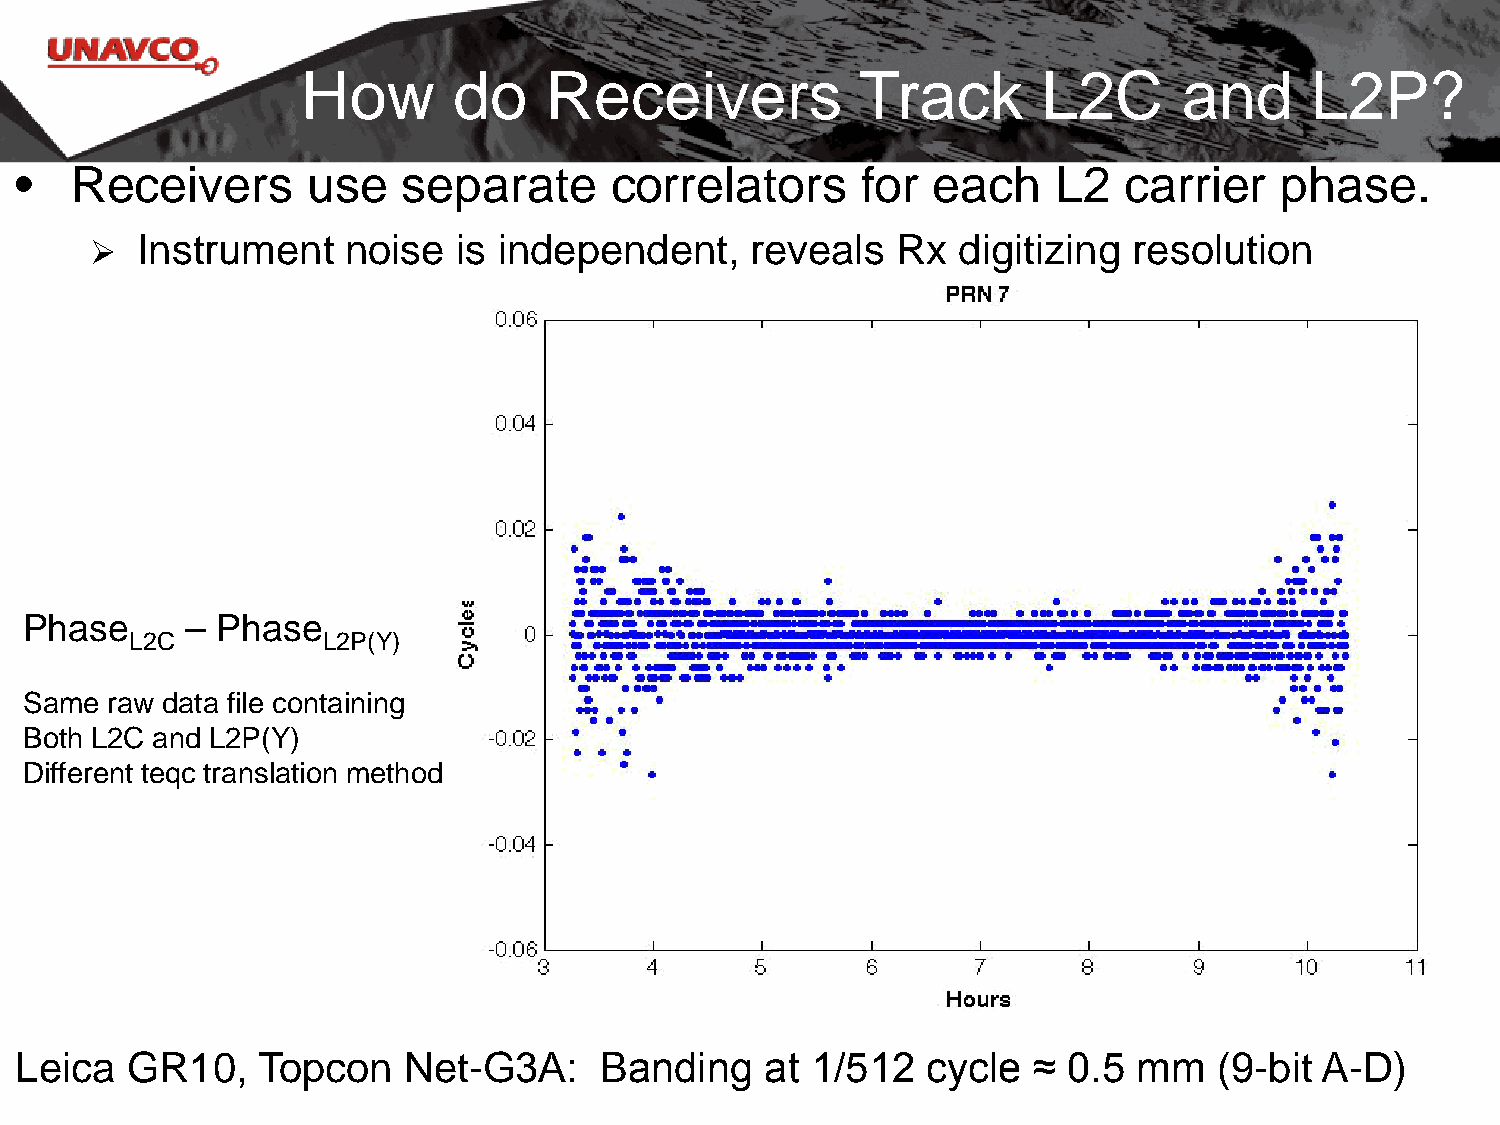
How       do    Receivers            Track       L2C      and      L2P?
 •   Receivers      use    separate     correlators      for  each    L2  carrier    phase.
   Instrument    noise  is independent,     reveals  Rx  digitizing  resolution
 Phase     – Phase
 L2C         L2P(Y)
 Same raw data file containing
 Both L2C and L2P(Y)
 Different teqc translation method
 Leica  GR10,    Topcon    Net-G3A:     Banding    at 1/512  cycle  ≈  0.5 mm    (9-bit A-D)